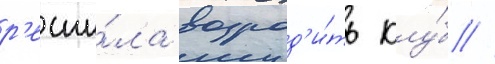
р'еши́ла возрод'и́ть клу́б //